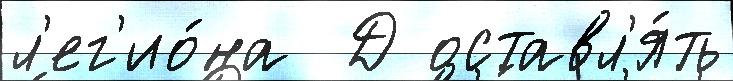
л'ег'ио́на  Д оставл'я́ть